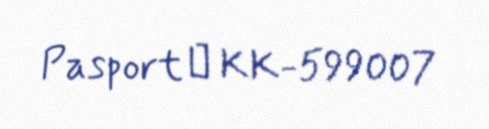
Pasport № KK-599007